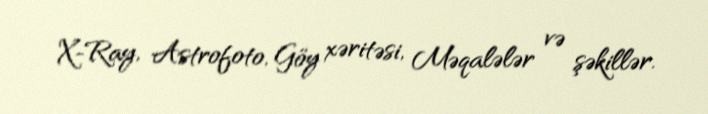
X-Ray, Astrofoto, Göy xəritəsi, Məqalələr və şəkillər.